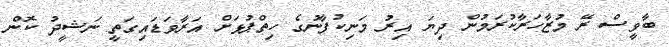
ބާވީސް ރޭ މުޒާހަރާކުރަމުން ދިޔަ އިރު މަނިކުފާނުގެ ހިތްޕުޅަށް އަރާވަޑައިގަތީ ނަޝީދު ކޮން